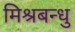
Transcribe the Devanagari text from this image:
मिश्रबन्धु